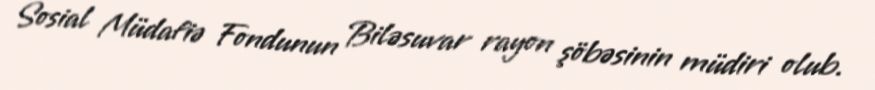
Sosial Müdafiə Fondunun Biləsuvar rayon şöbəsinin müdiri olub.